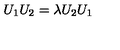
U _ { 1 } U _ { 2 } = \lambda U _ { 2 } U _ { 1 }